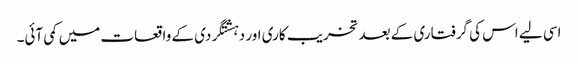
اسی لیے اس کی گرفتاری کے بعد تخریب کاری اور دہشتگردی کے واقعات میں کمی آئی۔